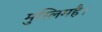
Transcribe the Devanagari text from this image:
मुस्लिमहै।